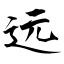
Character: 远